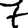
Digit: 7